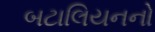
બટાલિયનનો